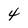
Character: 4